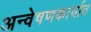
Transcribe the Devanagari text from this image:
अन्वेषणकार्यात